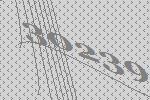
30239